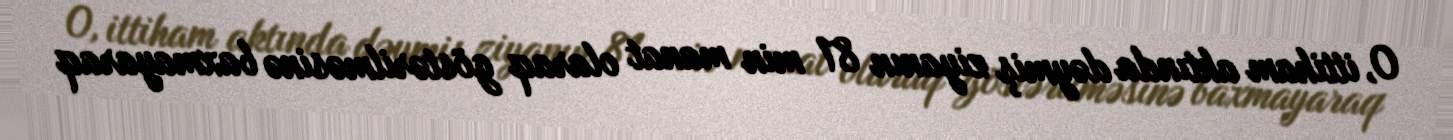
O, ittiham aktında dəymiş ziyanın 81 min manat olaraq göstərilməsinə baxmayaraq